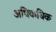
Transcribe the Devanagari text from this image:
अधिकधिक